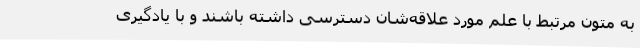
به متون مرتبط با علم مورد علاقه‌شان دسترسی داشته باشند و با یادگیری